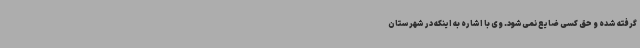
گرفته شده و حق کسی ضایع نمی‌شود. وی با اشاره به اینکه در شهرستان